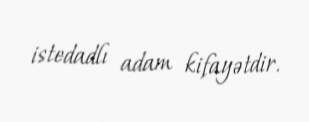
istedadlı adam kifayətdir.